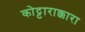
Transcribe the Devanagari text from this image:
कोट्टाराक्कारा